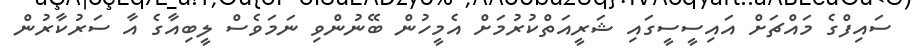
ސައިފްގެ މައްޗަށް އައިސީސީގައި ޝަރީއަތްކުރުމަށް އެމީހުން ބޭނުންވި ނަމަވެސް ލީބިއާގެ އާ ސަރުކާރުން